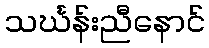
သင်္ဃန်းညီနောင်